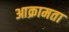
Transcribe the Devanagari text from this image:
आक्रामता